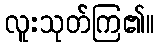
လူးသုတ်ကြ၏။